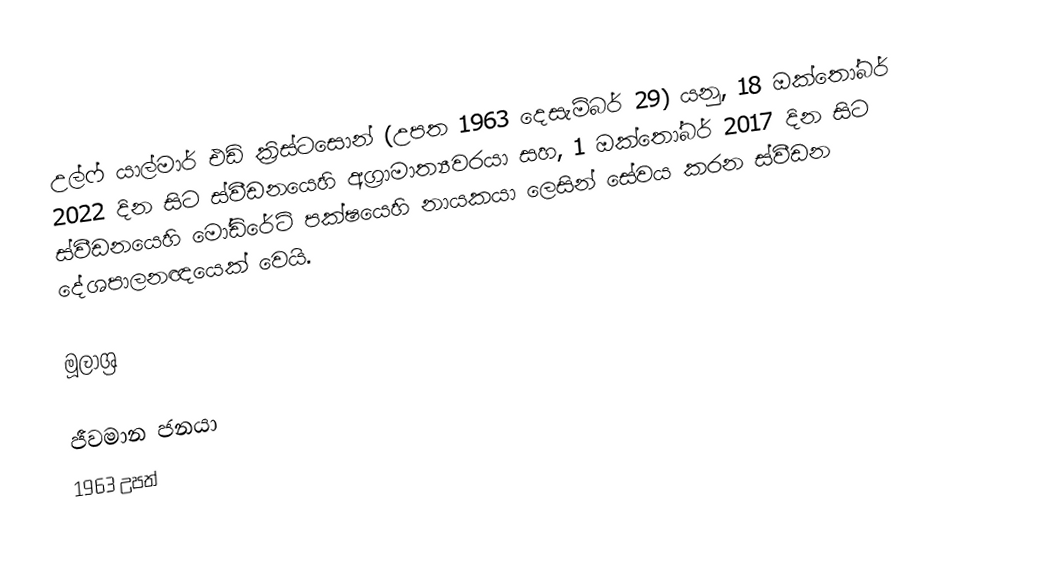
උල්ෆ් යාල්මාර් එඩ් ක්‍රිස්ටසොන් (උපත 1963 දෙසැම්බර් 29) යනු, 18 ඔක්තෝබර් 2022 දින සිට ස්වීඩනයෙහි අග්‍රාමාත්‍යවරයා සහ, 1 ඔක්තෝබර් 2017 දින සිට  ස්වීඩනයෙහි මෝඩිරේට් පක්ෂයෙහි නායකයා ලෙසින් සේවය කරන ස්වීඩන දේශපාලනඥයෙක් වෙයි.

මූලාශ්‍ර

ජීවමාන ජනයා
1963 උපත්